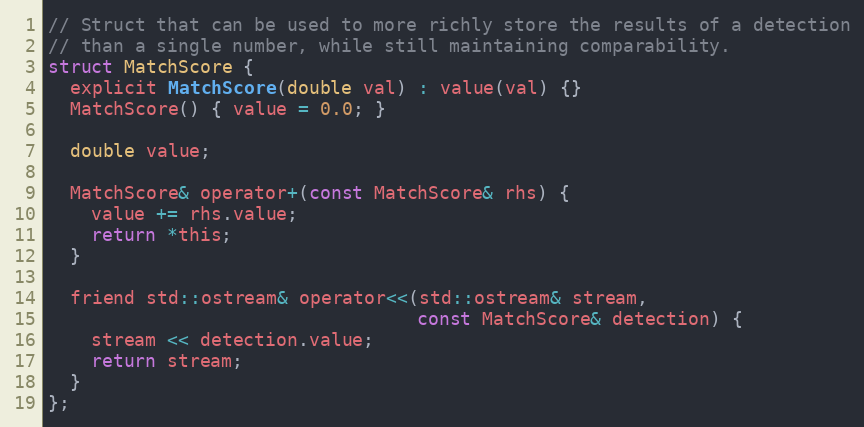
Language: C
// Struct that can be used to more richly store the results of a detection
// than a single number, while still maintaining comparability.
struct MatchScore {
  explicit MatchScore(double val) : value(val) {}
  MatchScore() { value = 0.0; }

  double value;

  MatchScore& operator+(const MatchScore& rhs) {
    value += rhs.value;
    return *this;
  }

  friend std::ostream& operator<<(std::ostream& stream,
                                  const MatchScore& detection) {
    stream << detection.value;
    return stream;
  }
};